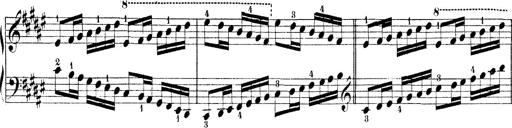
Title: Technische Studien
Composer: Franz Liszt